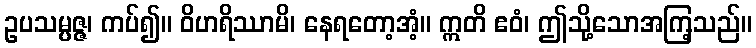
ဥပသမ္ပဇ္ဇ၊ ကပ်၍။ ဝိဟရိဿာမိ၊ နေရတော့အံ့။ ဣတိ ဧဝံ၊ ဤသို့သောအကြ့သည်။